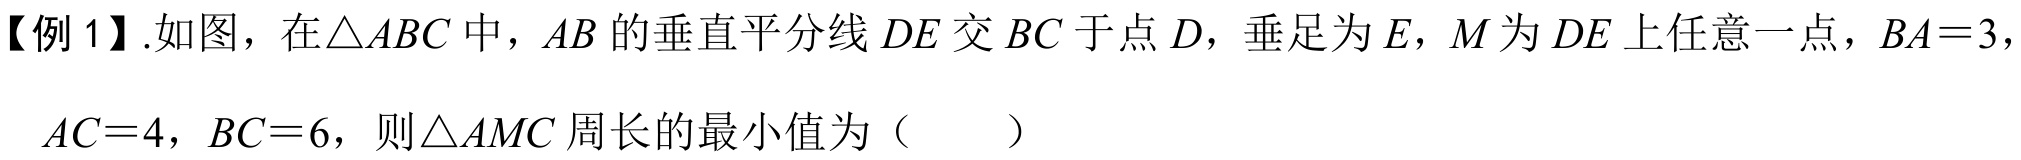
【例1】.如图，在\(\triangle ABC\)中，\(AB\)的垂直平分线\(DE\)交\(BC\)于点\(D\)，垂足为\(E\)，\(M\)为\(DE\)上任意一点，\(BA = 3\)，
\(AC = 4\)，\(BC = 6\)，则\(\triangle AMC\)周长的最小值为（  ）